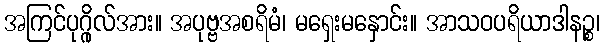
အကြင်ပုဂ္ဂိုလ်အား။ အပုဗ္ဗအစရိမံ၊ မရှေးမနှောင်း။ အာသဝပရိယာဒါနဉ္စ၊